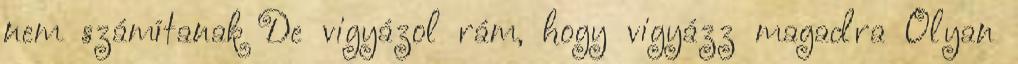
nem számítanak De vigyázol rám, hogy vigyázz magadra Olyan